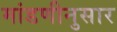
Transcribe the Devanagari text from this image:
मांडणीनुसार